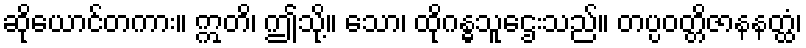
ဆိုယောင်တကား။ ဣတိ၊ ဤသို့။ သော၊ ထိုဂန္ဓသူဌေးသည်။ တပ္ပဝတ္တိဇာနနတ္ထံ၊